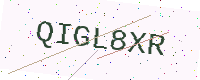
Text: QIGL8XR